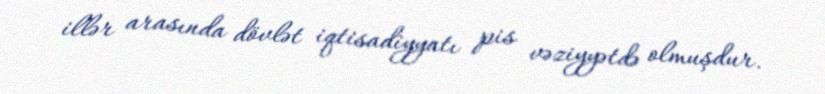
illər arasında dövlət iqtisadiyyatı pis vəziyyətdə olmuşdur.